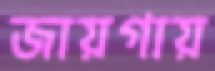
জায়গায়